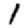
Digit: 1